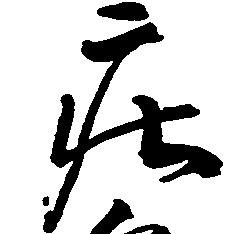
庄